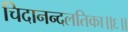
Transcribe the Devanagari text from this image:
चिदानन्दलतिका॥६॥